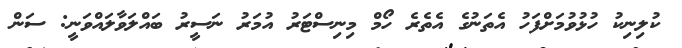
ކުލިނިކު ހުޅުވުމަށްފަހު އެތަނުގެ އެތެރެ ހޯމް މިނިސްޓަރު އުމަރު ނަސީރު ބައްލަވާލައްވަނީ: ސަން